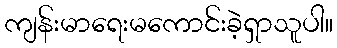
ကျန်းမာရေးမကောင်းခဲ့ရှာသူပါ။